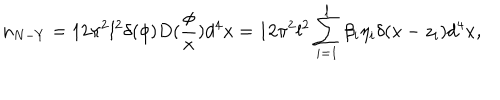
LaTeX: n _ { N - Y } = 1 2 \pi ^ { 2 } l ^ { 2 } \delta ( \phi ) D ( \frac \phi x ) d ^ { 4 } x = 1 2 \pi ^ { 2 } l ^ { 2 } \sum _ { i = 1 } ^ { l } \beta _ { i } \eta _ { i } \delta ( x - z _ { i } ) d ^ { 4 } x ,